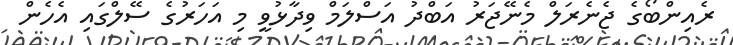
ރެއިންބޯގެ ޖެނެރަލް މެނޭޖަރު އަބްދު އަސްލަމް ވިދާޅުވީ މި އަހަރުގެ ސޭލްގައި އެހެން